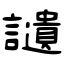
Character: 讉